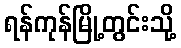
ရန်ကုန်မြို့တွင်းသို့